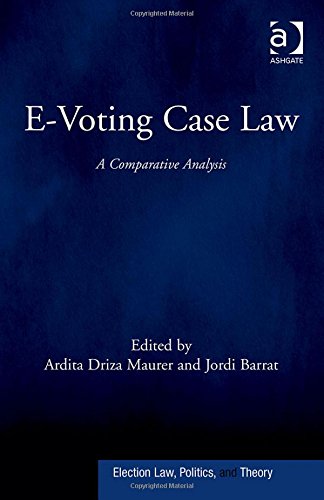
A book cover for E-Voting Case Law: A Comparative Analysis (Election Law, Politics, and Theory); Computers & Technology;